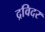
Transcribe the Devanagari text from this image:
द्रविदर